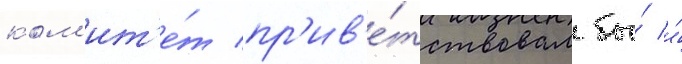
ком'ит'е́т пр'ив'е́тствовал бы́ и́